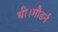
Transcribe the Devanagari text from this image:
थी।मौडर्न